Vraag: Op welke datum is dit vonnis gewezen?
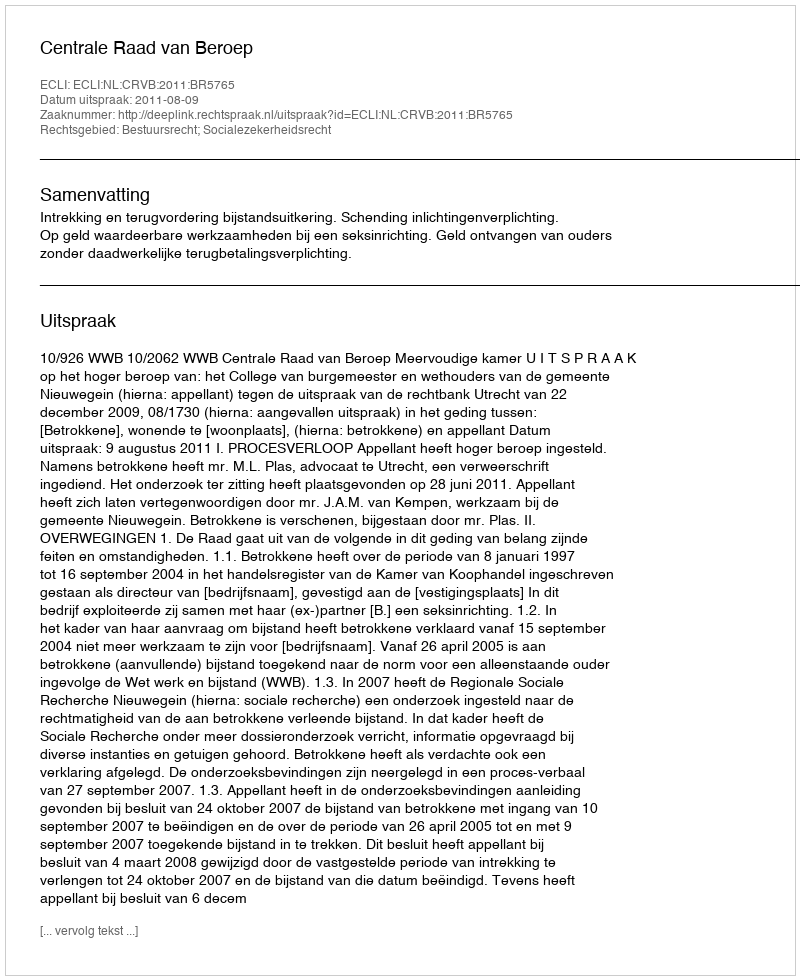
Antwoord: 2011-08-09